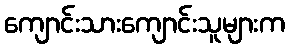
ကျောင်းသားကျောင်းသူများက